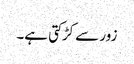
زور سے کڑکتی ہے۔